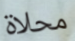
محلاة